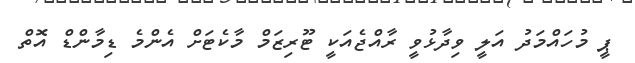
ޕީ މުހައްމަދު އަލީ ވިދާޅުވީ ރާއްޖެއަކީ ޓޫރިޒަމް މާކެޓަށް އެންމެ ޑިމާންޑް އޮތް